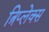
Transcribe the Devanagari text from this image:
त्रिप्लेक्स